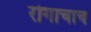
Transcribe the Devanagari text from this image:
रोगाचाच